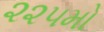
૨૨૫મો